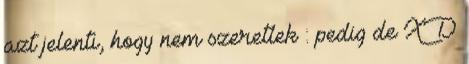
azt jelenti, hogy nem szeretlek : pedig de XD